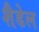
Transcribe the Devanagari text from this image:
शैडेल